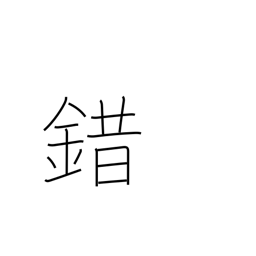
Meaning: confused